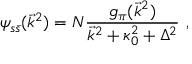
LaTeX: \psi _ { s \bar { s } } ( \vec { k } ^ { 2 } ) = N \frac { g _ { \pi } ( \vec { k } ^ { 2 } ) } { \vec { k } ^ { 2 } + \kappa _ { 0 } ^ { 2 } + \Delta ^ { 2 } } \ ,